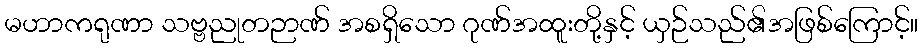
မဟာကရုဏာ သဗ္ဗညုတဉာဏ် အစရှိသော ဂုဏ်အထူးတို့နှင့် ယှဉ်သည်၏အဖြစ်ကြောင့်။